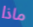
ماذا